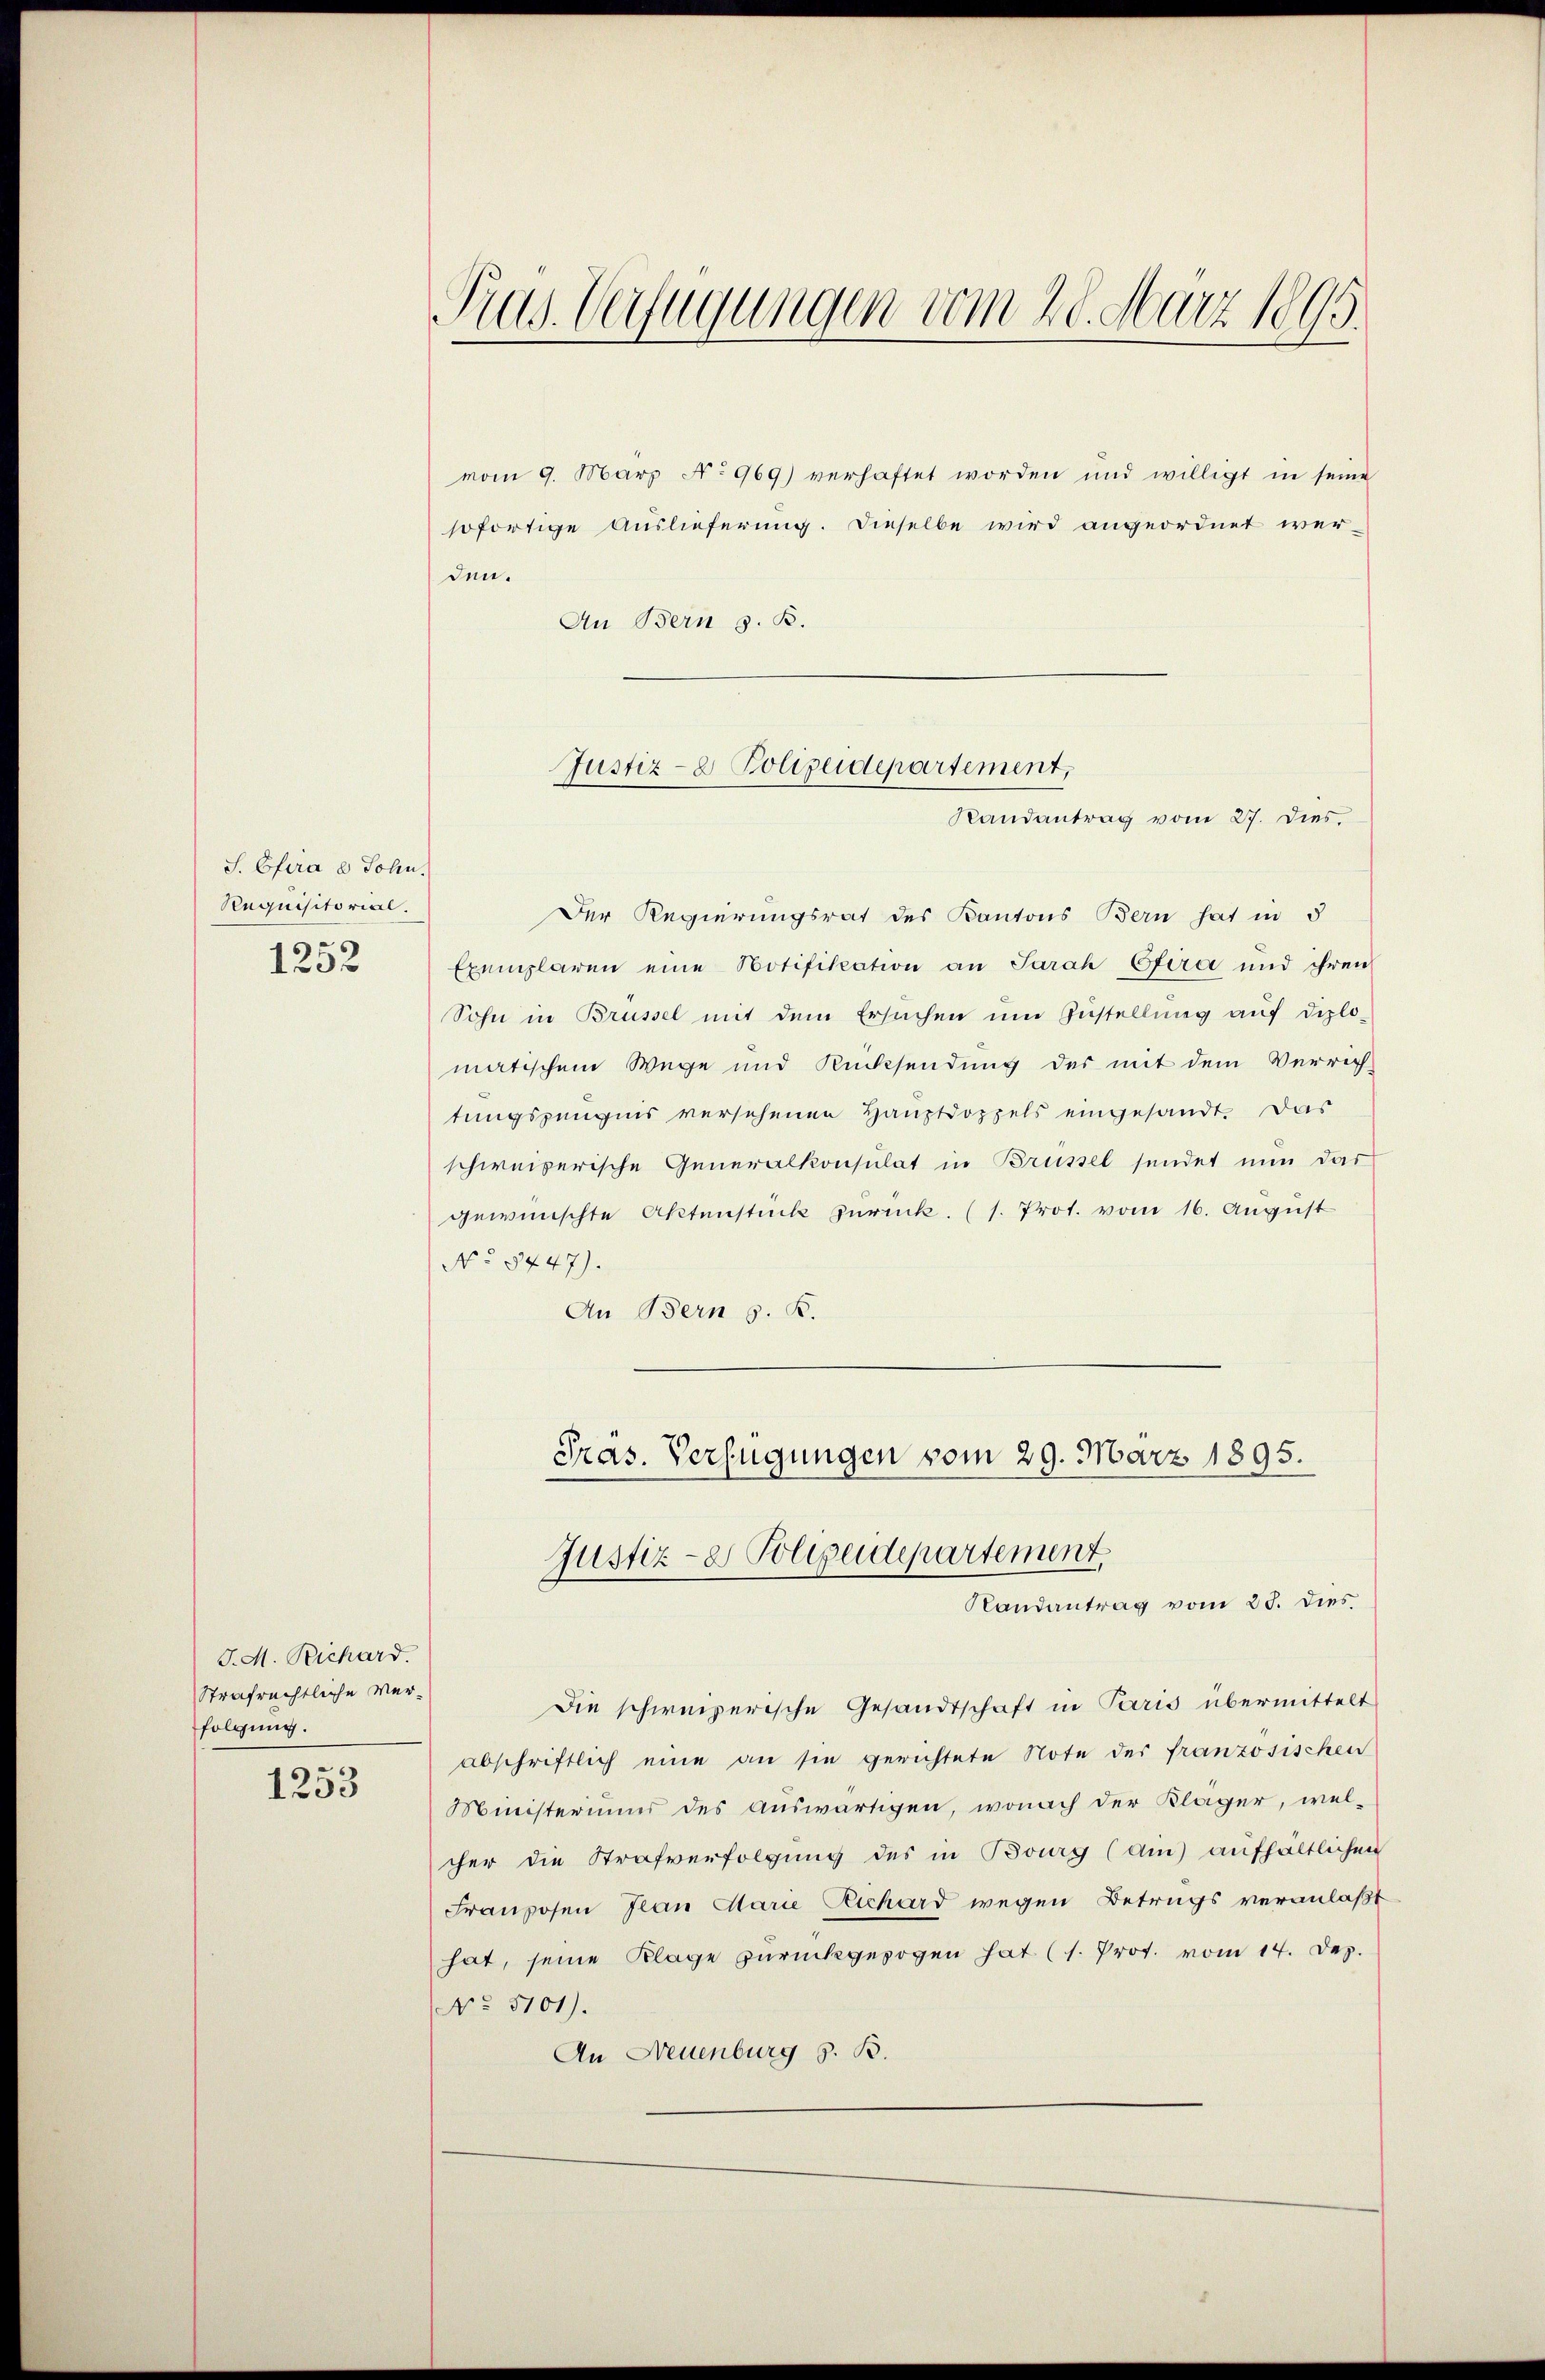
S. Pfira d Sohn.
Requisitorial.
1252

J. M. Richard.
Strafrechtliche Verfolgung.

1253

Prus. Verfügungen vom 28. März 1895.

vom 9. März No 969) verhaftet worden und willigt in seine
sofortige Auslieferung. Dieselbe wird angeordnet werden.
An Bern z. B.
Der Regierungsrat des Kantons Bern hat in 5
Exemplaren eine Notifikation an Sarah Efira und ihren
Sohn in Brüssel mit dem Ersuchen um Zustellung aŭf diplo-
matischem Wege und Rücksendung des mit dem Verrich
tungszeugnis versehenen Hauptdoppels eingesandt. Das
schweizerische Generalkonsulat in Brüssel sendet nun das
gewünschte Aktenstück zurück. (s. Prot. vom 16. August
No 8447).
An Bern s. B.
Präs. Verfügungen vom 29. März 1895.

Justiz- & Polizeidepartement,
Randantrag vom 27. Dies

Justiz- & Polizeidepartement.

Randantrag vom 25. dies
Die schweizerische Gesandtschaft in Paris übermittelt
abschriftlich eine an sie gerichtete Note der französischen
Ministeriums des auswärtigen, wonach der Kläger, welcher die Strafverfolgung des in Bourg (am aufhaltlichen
Franzosen Jean Marie Richard wegen Betrugs veranlaßt
hat, seine Klage zurückgezogen hat (s. Prof. vom 14. Dez.
No. 5101).
An Neuenburg z. B.